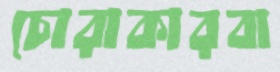
চোরাকারবা